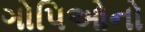
ગોપિઓનો